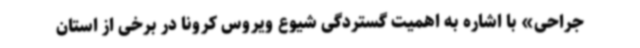
جراحی» با اشاره به اهمیت گستردگی شیوع ویروس کرونا در برخی از استان